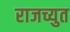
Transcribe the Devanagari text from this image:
राजच्युत